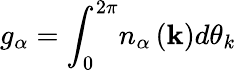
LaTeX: g_{\alpha}=\int_{0}^{2\pi}\! n_{\alpha}\left(\mathbf{k}\right)d\theta_{k}